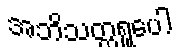
အဘိသတ္တရူပေါ